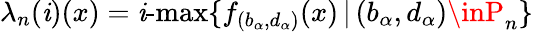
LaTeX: \lambda_{n}(\mathit{i})(x)=\mathit{i}\textrm{{-max}}\{ f_{(b_{\alpha},d_{\alpha})}(x)\, |\, (b_{\alpha},d_{\alpha})\inP_{n}\}